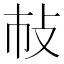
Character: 𢻵